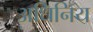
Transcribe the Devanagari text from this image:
अधिनिय